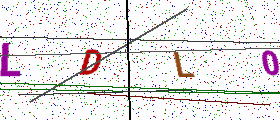
Text: LDL0